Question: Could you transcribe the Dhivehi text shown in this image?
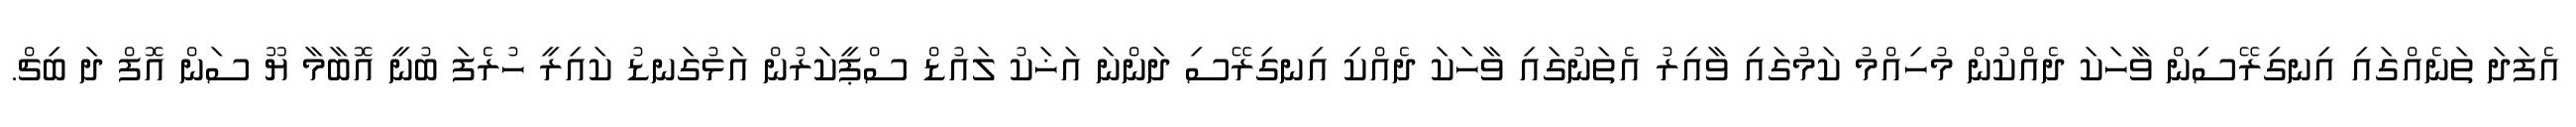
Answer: އެފަދަ ތަނެއްގައި އިނގިރޭސިން ވާހަކަ ދެއްކުން މުހިއްމު ކަމުގައި ވާއިރު އެތަނުގައި ވާހަކަ ދެއްކި އިނގިރޭސި ދަންނަ އަޚަކު ލައުޑް ސްޕީކަރުން އަޅުގަނޑު ކައިރީ ހުރެފަ ބުނީ އޮބާމާ ޔޫ ސަން އޮފް ދަ ބިޗް.